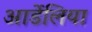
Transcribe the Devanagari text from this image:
आर्डेलिया